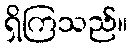
ရှိကြသည်။